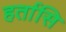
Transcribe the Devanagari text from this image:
हर्तासि